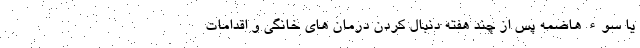
یا سوء هاضمه پس از چند هفته دنبال کردن درمان های خانگی و اقدامات